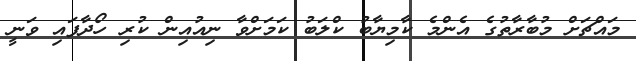
މައްޗަށް މުބާރާތުގެ އެންމެ ކާމިޔާބު ކްލަބު ކަމަށްވާ ނިއުއިން ކުރި ހޯދާފައި ވަނީ